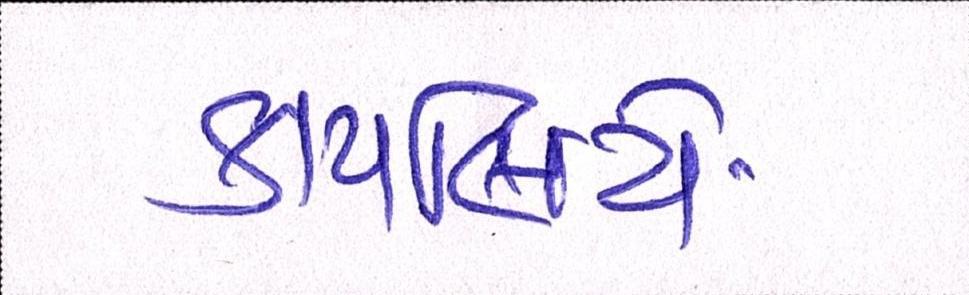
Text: કાયર્લિયે